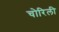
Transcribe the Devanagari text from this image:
चोरिली